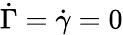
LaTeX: \dot{\Gamma}=\dot{\gamma}=0